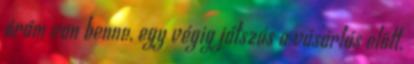
órám van benne, egy végig játszás a vásárlás előtt.